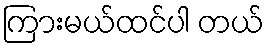
ကြားမယ်ထင်ပါ တယ်